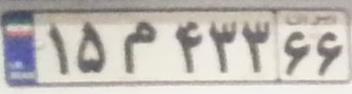
۱۵م۴۳۳۶۶